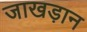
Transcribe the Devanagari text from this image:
जाखड़ान